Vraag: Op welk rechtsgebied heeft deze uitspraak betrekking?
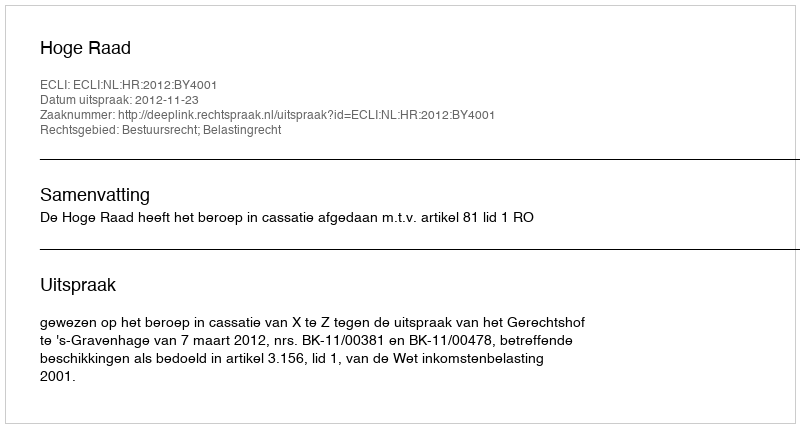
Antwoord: Bestuursrecht; Belastingrecht